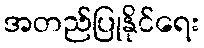
အတည်ပြုနိုင်ရေး